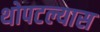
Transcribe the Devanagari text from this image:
थोपटल्यास